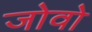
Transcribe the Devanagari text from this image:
जोवो